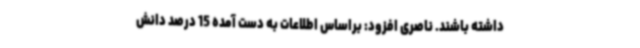
داشته باشند. ناصری افزود: براساس اطلاعات به دست آمده 15 درصد دانش